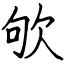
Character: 欨